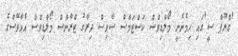
'ގްރޫޕް ސީ'ގައި ހިމެނެނީ މޯލްޑިވްސް ކަސްޓަމްސް ސާވިސް ދިރާގު ޓްރާންސް މޯލްޑިވްސް އެއާވޭސްގެ